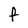
Character: F